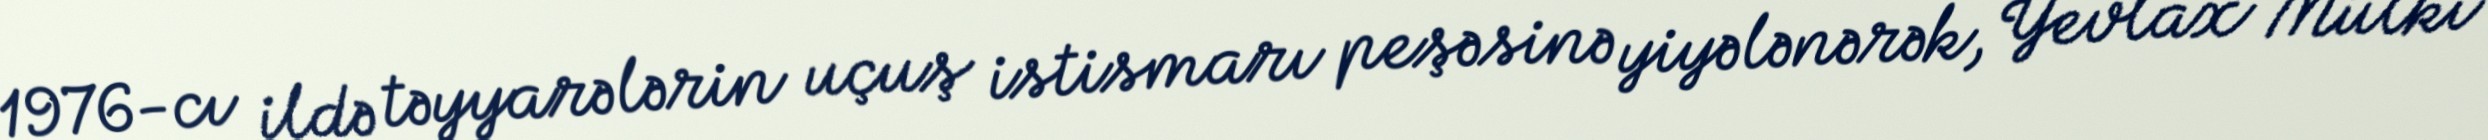
1976-cı ildə təyyarələrin uçuş istismarı peşəsinə yiyələnərək, Yevlax Mülki